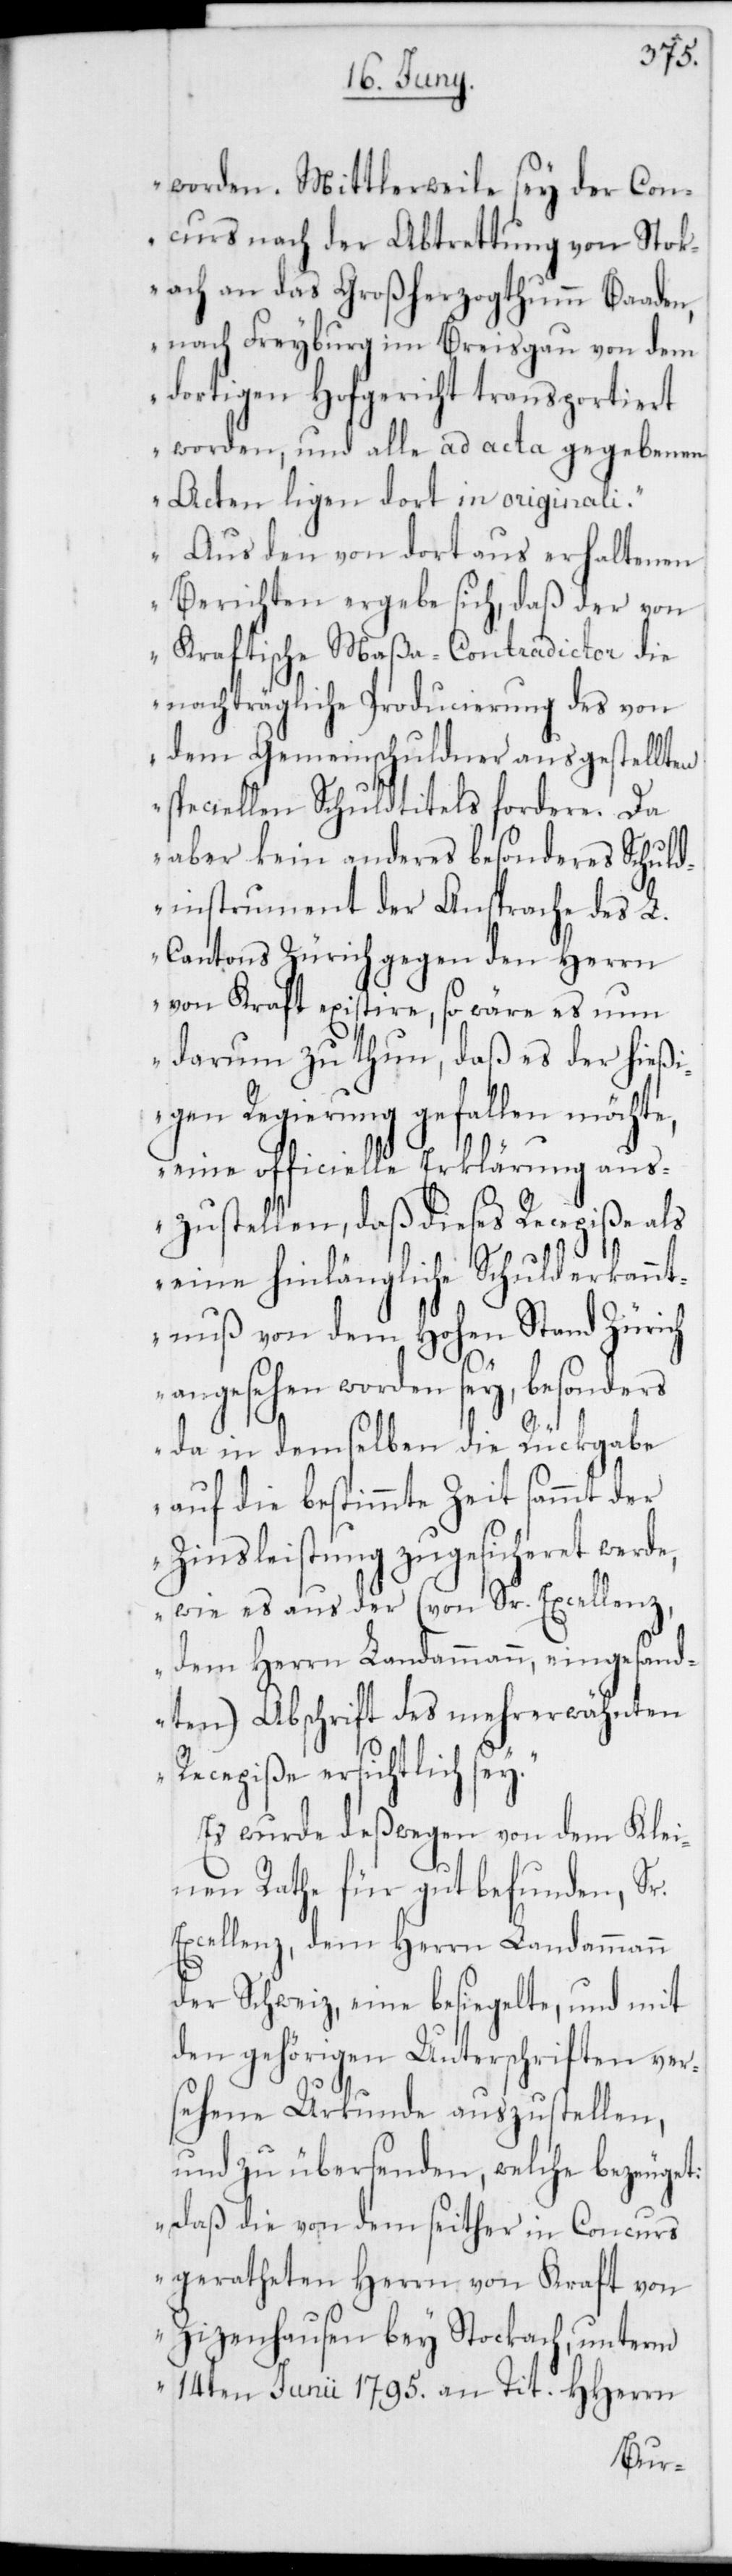
worden. Mittlerweile sey der Con¬
curs nach der Abtrettung von Stok¬
ach an das Großherzogthumm Baaden,
nach Freyburg im Breisgau von dem
dortigen Hofgericht transportiert
worden, und alle ad acta gegebenen
Acten ligen dort in originali.“
„Aus den von dort aus erhaltenen
Berichten ergebe sich, daß der von
Kraftische Maßa-Contradictor die
nachträgliche Producierung des von
dem Gemeinschuldner ausgestellten
speciellen Schuldtitels fordere. Da
aber kein anderes besonderes Schuld¬
instrument der Ansprache des L.
Cantons Zürich gegen den Herrn
von Kraft existiere, so wäre es nun
darum zu thun, daß es der hießi¬
gen Regierung gefallen möchte,
eine officielle Erklärung aus¬
zustellen, daß dieses Recepiße als
eine hinlängliche Schulderkannt¬
nuß von dem Hohen Stand Zürich
y.“
angesehen worden sey, besonders
da in demselben die Rückgabe
auf die bestimmte Zeit sammt der
Zinsleistung zugesicheret werde,
wie es aus der (von Sr. Excellenz
dem Herrn Landammann eingesand¬
ten) Abschrift des mehrerwähnten
Recepiße ersichtlich se¬
Es wurde deßwegen von dem Klei¬
nen Rathe für gut befunden, Sr.
Excellenz, dem Herrn Landammann
der Schweiz, eine besiegelte und mit
den gehörigen Unterschriften ver¬
sehene Urkunde auszustellen,
und zu übersenden, welche bezeuget:
„daß die von dem seither in Concurs
gerathenen Herrn von Kraft von
Zizenhausen bey Stockach, unterm
14ten Junii 1795. an Tit. HHerrn